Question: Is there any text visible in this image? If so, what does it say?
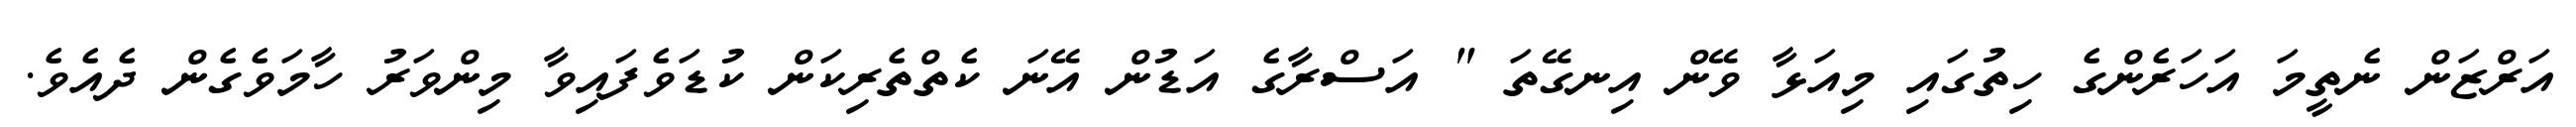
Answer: އަރްޒަން ނެތީމަ އަހަރެންގެ ހިތުގައި މިއަޅާ ވޭން އިނގޭތަ " އަސްރާގެ އަޑުން އޭނަ ކެތްތެރިކަން ކުޑަވެފައިވާ މިންވަރު ހާމަވެގެން ދެއެވެ.